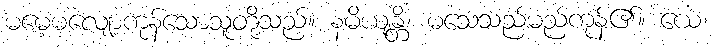
မမေ့မလျော့ကုန်သောသူတို့သည်။ နမိယျန္တိ၊ မသေသည်မည်ကုန်၏။ ယေ၊